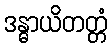
ဒန္ဓာယိတတ္တံ